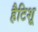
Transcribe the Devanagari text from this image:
हैटिशू